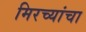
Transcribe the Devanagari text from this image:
मिरच्यांचा